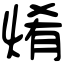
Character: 𤉶